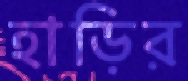
হাড়ির